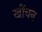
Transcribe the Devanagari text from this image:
खींचन